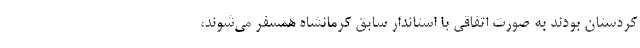
کردستان بودند به صورت اتفاقی با استاندار سابق کرمانشاه همسفر می‌شوند،